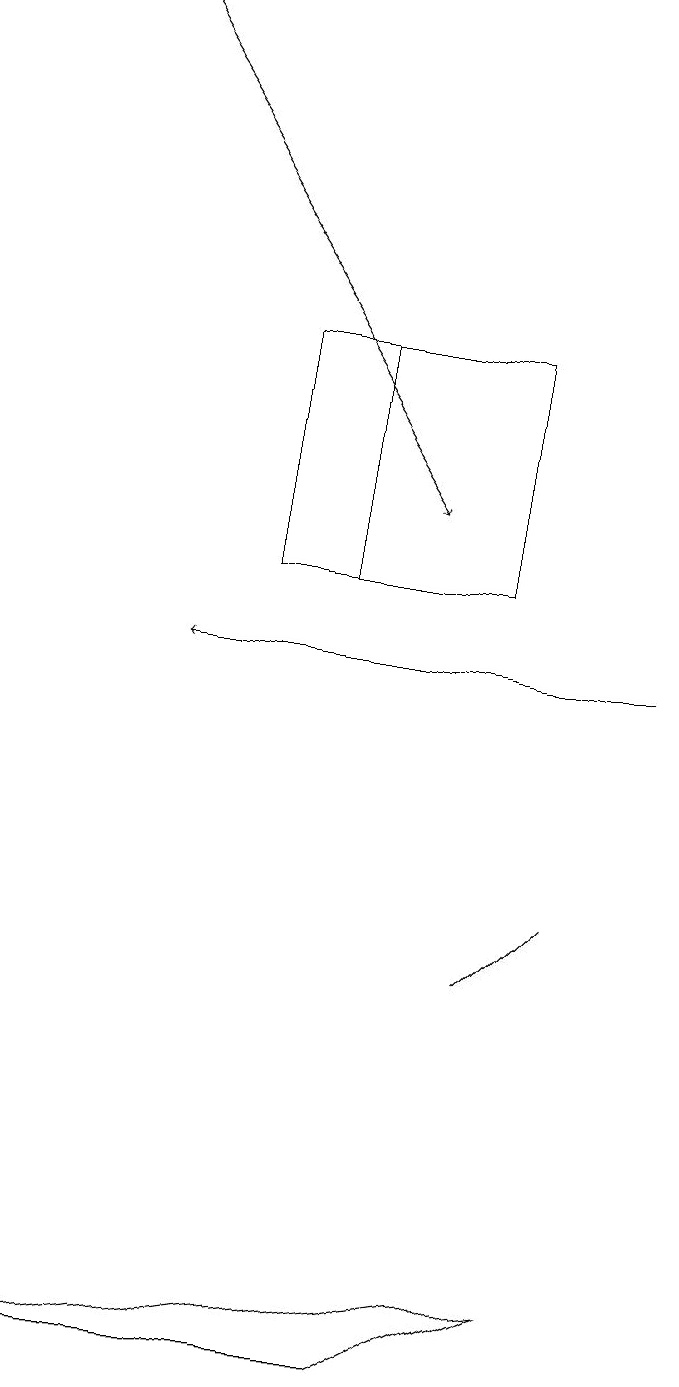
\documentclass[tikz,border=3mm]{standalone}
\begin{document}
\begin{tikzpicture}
\draw (7,8) -- (7,8) -- (6,7) -- cycle;
\draw (6,12) rectangle (4,15);
\draw (7,3) -- (5,2) -- (0,2) -- cycle;
\draw[->] (8,11) -- (2,11);
\draw[->] (1,19) -- (5,13);
\draw (3,12) rectangle (6,15);
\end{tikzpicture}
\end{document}